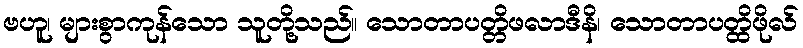
ဗဟူ၊ များစွာကုန်သော သူတို့သည်။ သောတာပတ္တိဖလာဒီနိ၊ သောတာပတ္ထိဖိုလ်